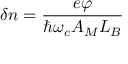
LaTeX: \delta n = { \frac { e \varphi } { \hbar \omega _ { c } A _ { M } L _ { B } } }